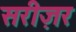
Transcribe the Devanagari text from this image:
सरीज़र